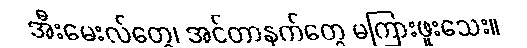
အီးမေးလ်တွေ၊ အင်တာနက်တွေ မကြားဖူးသေး။